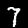
Digit: 7